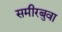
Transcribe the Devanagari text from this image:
समीरबुवा